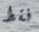
فقط